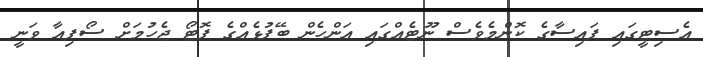
އެސިޓީގައި ފައިސާގެ ކޮންމެވެސް ނޫޓެއްގައި އަންހެން ބޭފުޅެއްގެ ފޮޓޯ ޖެހުމަށް ސޯފިއާ ވަނީ